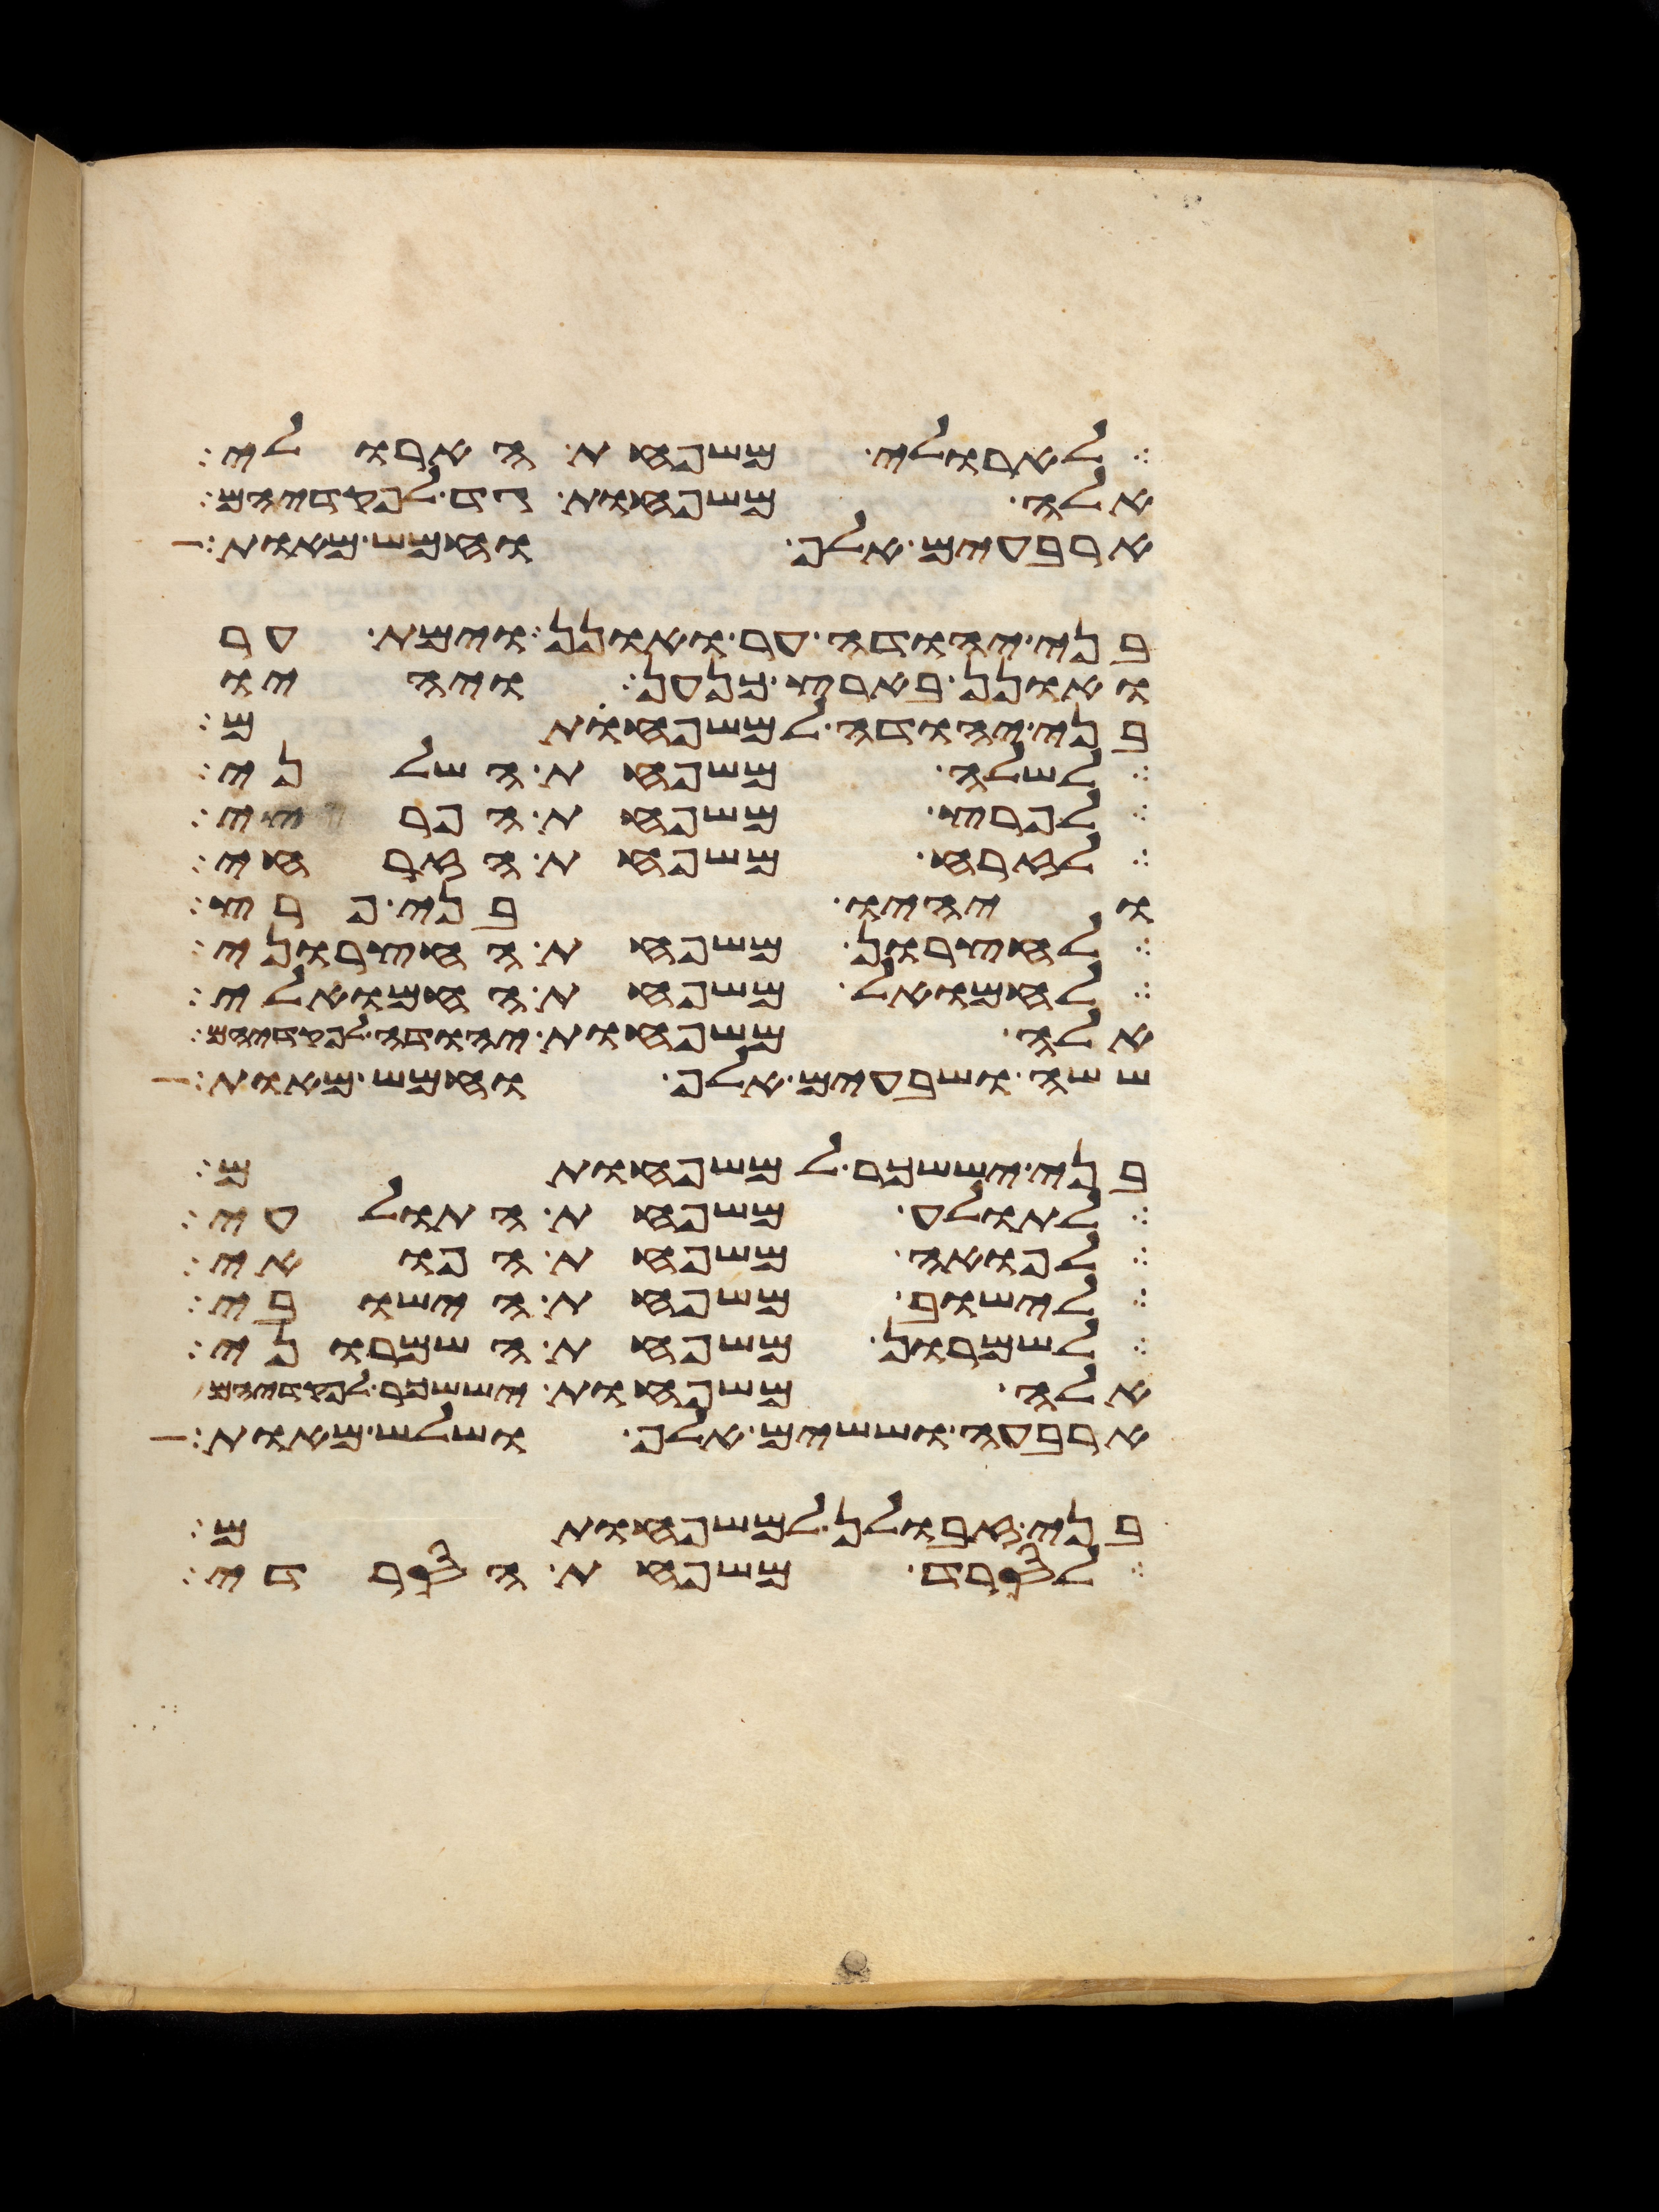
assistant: לארולי משפחת הארולי
אלה משפחות גד לפקדיהם
ארבעים אלף וחמש מאות
בני יהודה ער ואונן וימת ער
ואונן בארץ כנען ויהיו
בני יהודה למשפחותם
לשלה משפחת השלני
לפרץ משפחת הפריצי
לזרח משפחת הזרחי
ויהיו בני פרץ
לחצרון משפחת החצרוני
לחמואל משפחת החמואלי
אלה משפחות יהודה לפקדיהם
ששה ושבעים אלף וחמש מאות
בני יששכר למשפחותם
לתולע משפחת התולעי
לפואה משפחת הפואי
לישוב משפחת הישובי
לשמרון משפחת השמרוני
אלה משפחות יששכר לפקדיהם
ארבעה וששים אלף ושלש מאות
בני זבולן למשפחותם
לסרד משפחת הסרדי